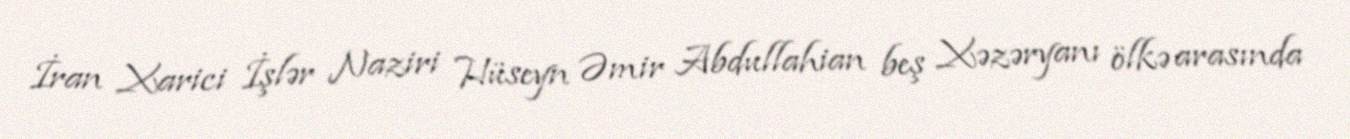
İran Xarici İşlər Naziri Hüseyn Əmir Abdullahian beş Xəzəryanı ölkə arasında